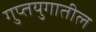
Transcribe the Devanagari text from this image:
गुप्तयुगातील